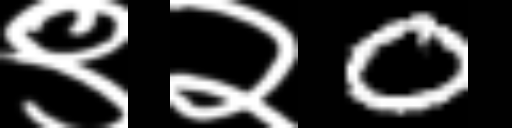
Text: ९२0